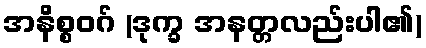
အနိစ္စဝဂ် (ဒုက္ခ အနတ္တလည်းပါ၏)